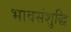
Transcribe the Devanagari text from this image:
भावसंशुद्धि